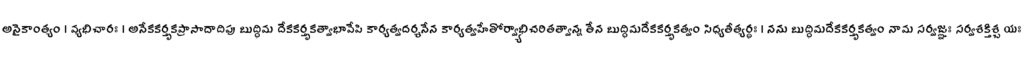
అనైకాంత్యం । వ్యభిచారః । అనేకకర్తృకప్రాసాదాదిపు బుద్ధిమ దేకకర్తృకత్వాభావేపి కార్యత్వదర్శనేన కార్యత్వహేతోర్వ్యాభిచరితత్వాన్న తేన బుద్ధిమదేకకర్తృకత్వం సిధ్యతీత్యర్థః । నను బుద్ధిమదేకకర్తృకత్వం నామ సర్వజ్ఞః సర్వశక్తిశ్చ యః